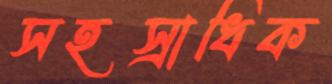
সহস্রাধিক